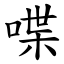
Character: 喋